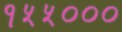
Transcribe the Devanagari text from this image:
१५५०००